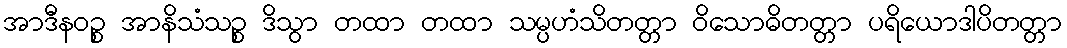
အာဒီနဝဉ္စ အာနိသံသဉ္စ ဒိသွာ တထာ တထာ သမ္ပဟံသိတတ္တာ ဝိသောဓိတတ္တာ ပရိယောဒါပိတတ္တာ